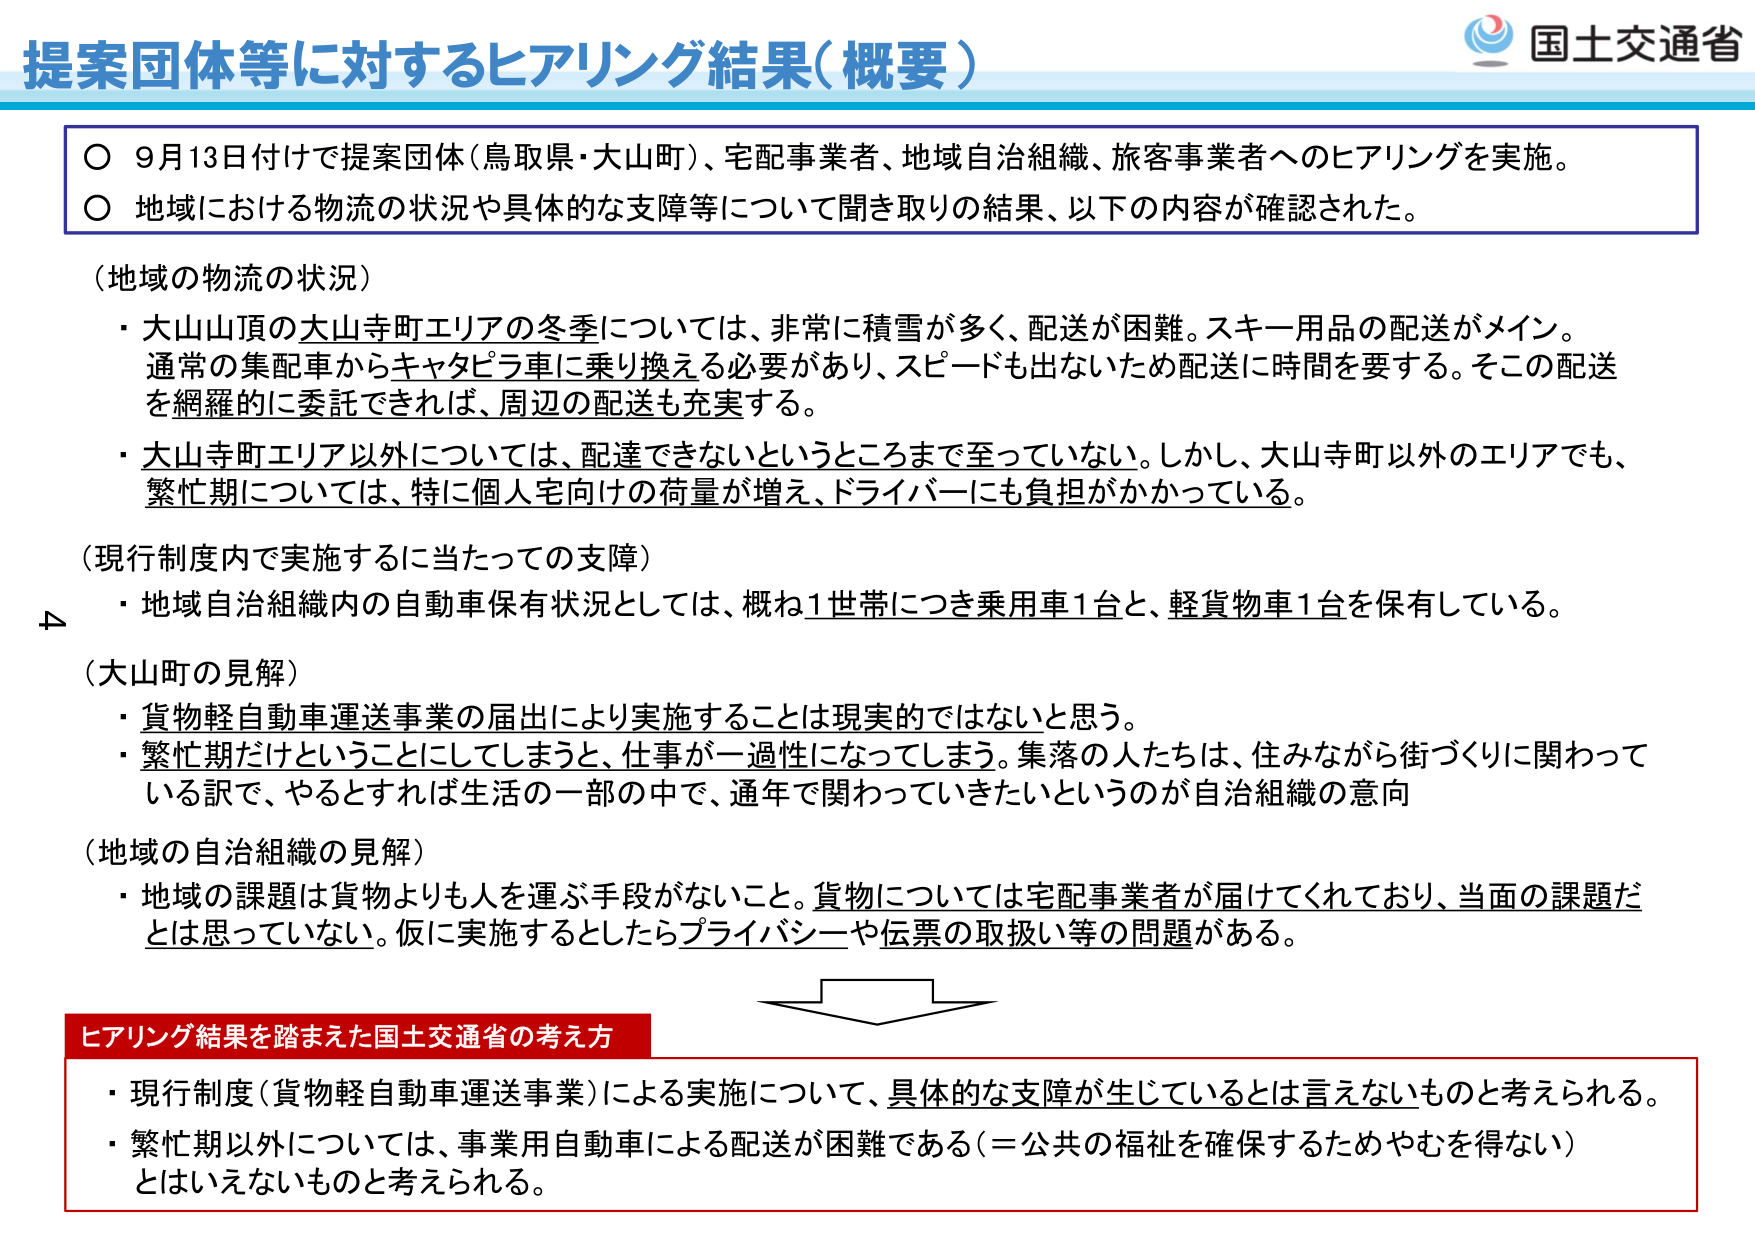
提案団体等に対するヒアリング結果（概要）

○ 9月13日付けで提案団体（鳥取県・大山町）、宅配事業者、地域自治組織、旅客事業者へのヒアリングを実施。
○ 地域における物流の状況や具体的な支障等について聞き取りの結果、以下の内容が確認された。

（地域の物流の状況）
・大山山頂の大山寺町エリアの冬季については、非常に積雪が多く、配送が困難。スキー用品の配送がメイン。通常の集配車からキャタピラ車に乗り換える必要があり、スピードも出ないため配送に時間を要する。そこの配送を網羅的に委託できれば、周辺の配送も充実する。
・大山寺町エリア以外については、配達できないというところまで至っていない。しかし、大山寺町以外のエリアでも、繁忙期については、特に個人宅向けの荷量が増え、ドライバーにも負担がかかっている。

（現行制度内で実施するに当たっての支障）
・地域自治組織内の自動車保有状況としては、概ね1世帯につき乗用車1台と、軽貨物車1台を保有している。

（大山町の見解）
・貨物軽自動車運送事業の届出により実施することは現実的ではないと思う。
・繁忙期だけということにしてしまうと、仕事が一過性になってしまう。集落の人たちは、住みながら街づくりに関わっている訳で、やるとすれば生活の一部の中で、通年で関わっていきたいというのが自治組織の意向

（地域の自治組織の見解）
・地域の課題は貨物よりも人を運ぶ手段がないこと。貨物については宅配事業者が届けてくれており、当面の課題だとは思っていない。仮に実施するとしたらプライバシーや伝票の取扱い等の問題がある。

ヒアリング結果を踏まえた国土交通省の考え方
・現行制度（貨物軽自動車運送事業）による実施について、具体的な支障が生じているとは言えないものと考えられる。
・繁忙期以外については、事業用自動車による配送が困難である（＝公共の福祉を確保するためやむを得ない）とはいえないものと考えられる。

国土交通省